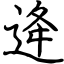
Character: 逄